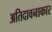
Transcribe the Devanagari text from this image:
अतिदावनाकार